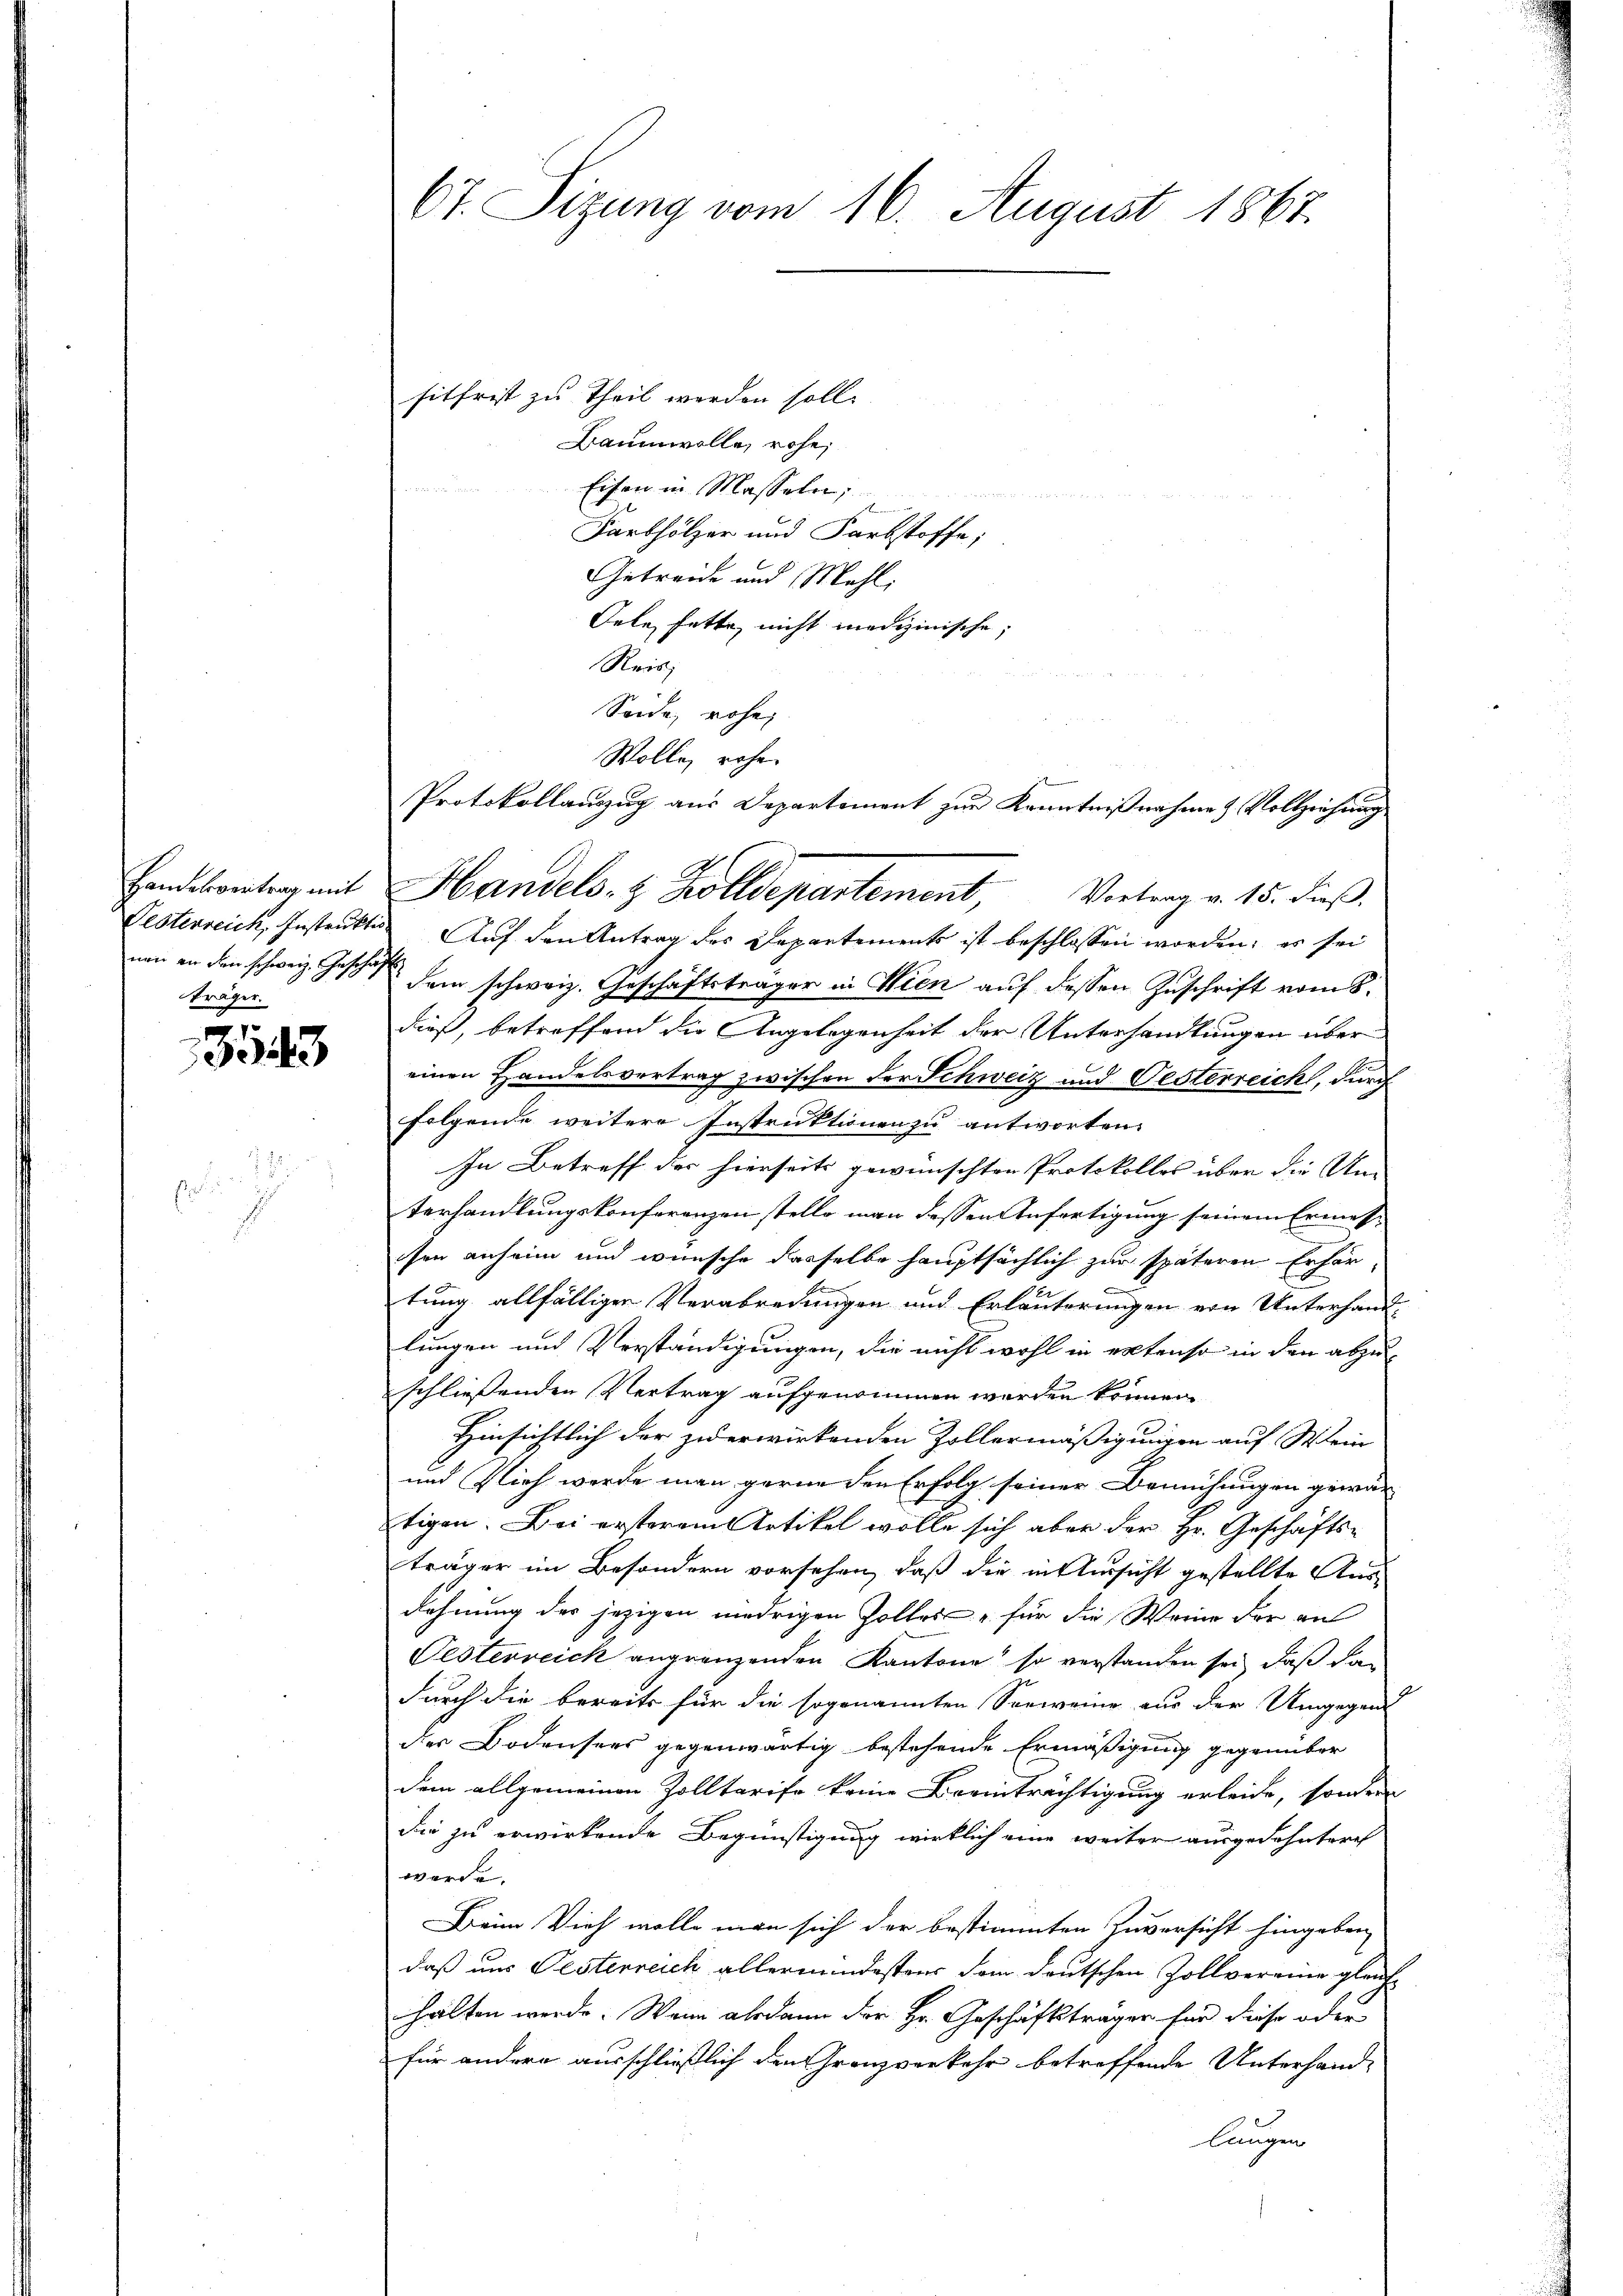
7.15
23

träger.

67. Sizung vom 16. August 1867.

sitfrist zu Theil werden soll.
Baumwolle, rohe,
Eisen in Masseln;

Farbhölzer und Farbstoffe;
Getreide und Mehl,
Oele hatte, nicht medizinische;
Reis;
Seide, rohe,
Wolle rohe.
Protokollauszug aus Departement zur Kenntnißnahme & Vollziehung

Handesvertrag mit Handels- & Zolldepartement, Vortrag v. 15. dieß.

Vesterreich, Instruktes Auf den Antrag des Departements ist beschlossen worden; er sei
nen an den schweiz. Geschäft dem schweiz. Geschäftsträger in Wien auf dessen Zuschrift vom 8.
dieß, betreffend die Angelegenheit der Unterhandlungen über
einen Handelsvertrag zwischen der Schweiz und Oesterreich, durch
folgende weitere Instruktionen zu antworten.
In Betreff der hierseits gewünschten Protokolles über die Un-
terhandlungskonferenzen stelle man dessen Anfertigung seinem Ermessen anheim und wünsche dasselbe hauptsächlich zur späteren Erhör-
tung allfälligen Verabredungen und Erläuterungen von Unterhandlungen und Verständigungen, die nicht wohl in extenso in den abzu-
schliessenden Vertrag aufgenommen werden können.
Hinsichtlich der zu erwirkenden Zollermäßigungen auf Stein
und Vieh werde man gerne den Erfolg seiner Bemühungen gewärtigen. Bei ersterem Artikel wolle sich aber der Hr. Geschäftsträger im Besondern vorsehen, daß die intersicht gestellte Ausdehnung des jezigen niedrigen Zolles für die Weine der an
Festerreich angrenzenden Kantone so verstanden sei, daß dan
durch die bereits für die sogenannten Sorweine aus der Umgegens
der Bodensees gegenwärtig bestehende Ermäßigung gegenüber
dem allgemeinen Zolltarife keine Beeinträchtigung erleide, sondern
die zu erwirkende Begünstigung wirklich eine weiter ausgedehntere
werde.
Beim Vieh wolle man sich der bestimmten Zuversicht hingeben
daß uns Pesterreich allermindestens dem deutschen Zollvereine gleich-
halten werde. Wenn alsdann der Hr. Geschäftsträger für diese oder
für andere ausschließlich den ranzverkehr betreffende Unterhand-
lungen